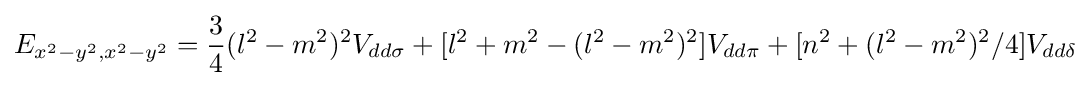
E_{x^{2}-y^{2},x^{2}-y^{2}}={\frac {3}{4}}(l^{2}-m^{2})^{2}V_{dd\sigma }+[l^{2}+m^{2}-(l^{2}-m^{2})^{2}]V_{dd\pi }+[n^{2}+(l^{2}-m^{2})^{2}/4]V_{dd\delta }